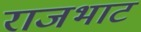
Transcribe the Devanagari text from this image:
राजभाट